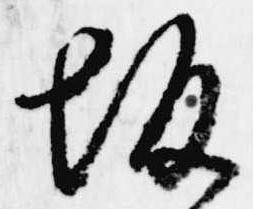
坂